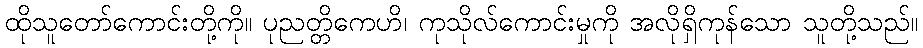
ထိုသူတော်ကောင်းတို့ကို။ ပုညတ္တိကေဟိ၊ ကုသိုလ်ကောင်းမှုကို အလိုရှိကုန်သော သူတို့သည်။